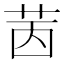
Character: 𦭮